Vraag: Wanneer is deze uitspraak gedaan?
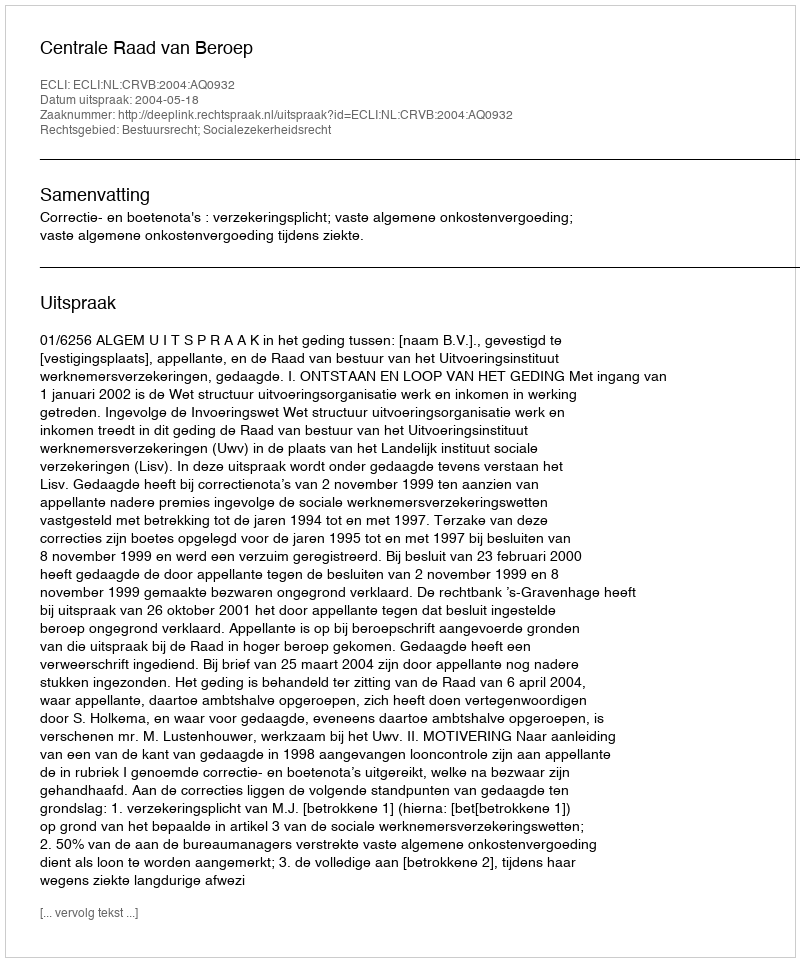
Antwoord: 2004-05-18